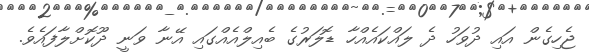
ޖެހިގެން އައި ދުވަހު ދެ ލައްކައެއްހާ ޑޮލަރުގެ ބެއިލްއެއްގައި އޭނާ ވަނީ ދޫކޮށްލާފައެވެ.